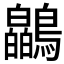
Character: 𫛘